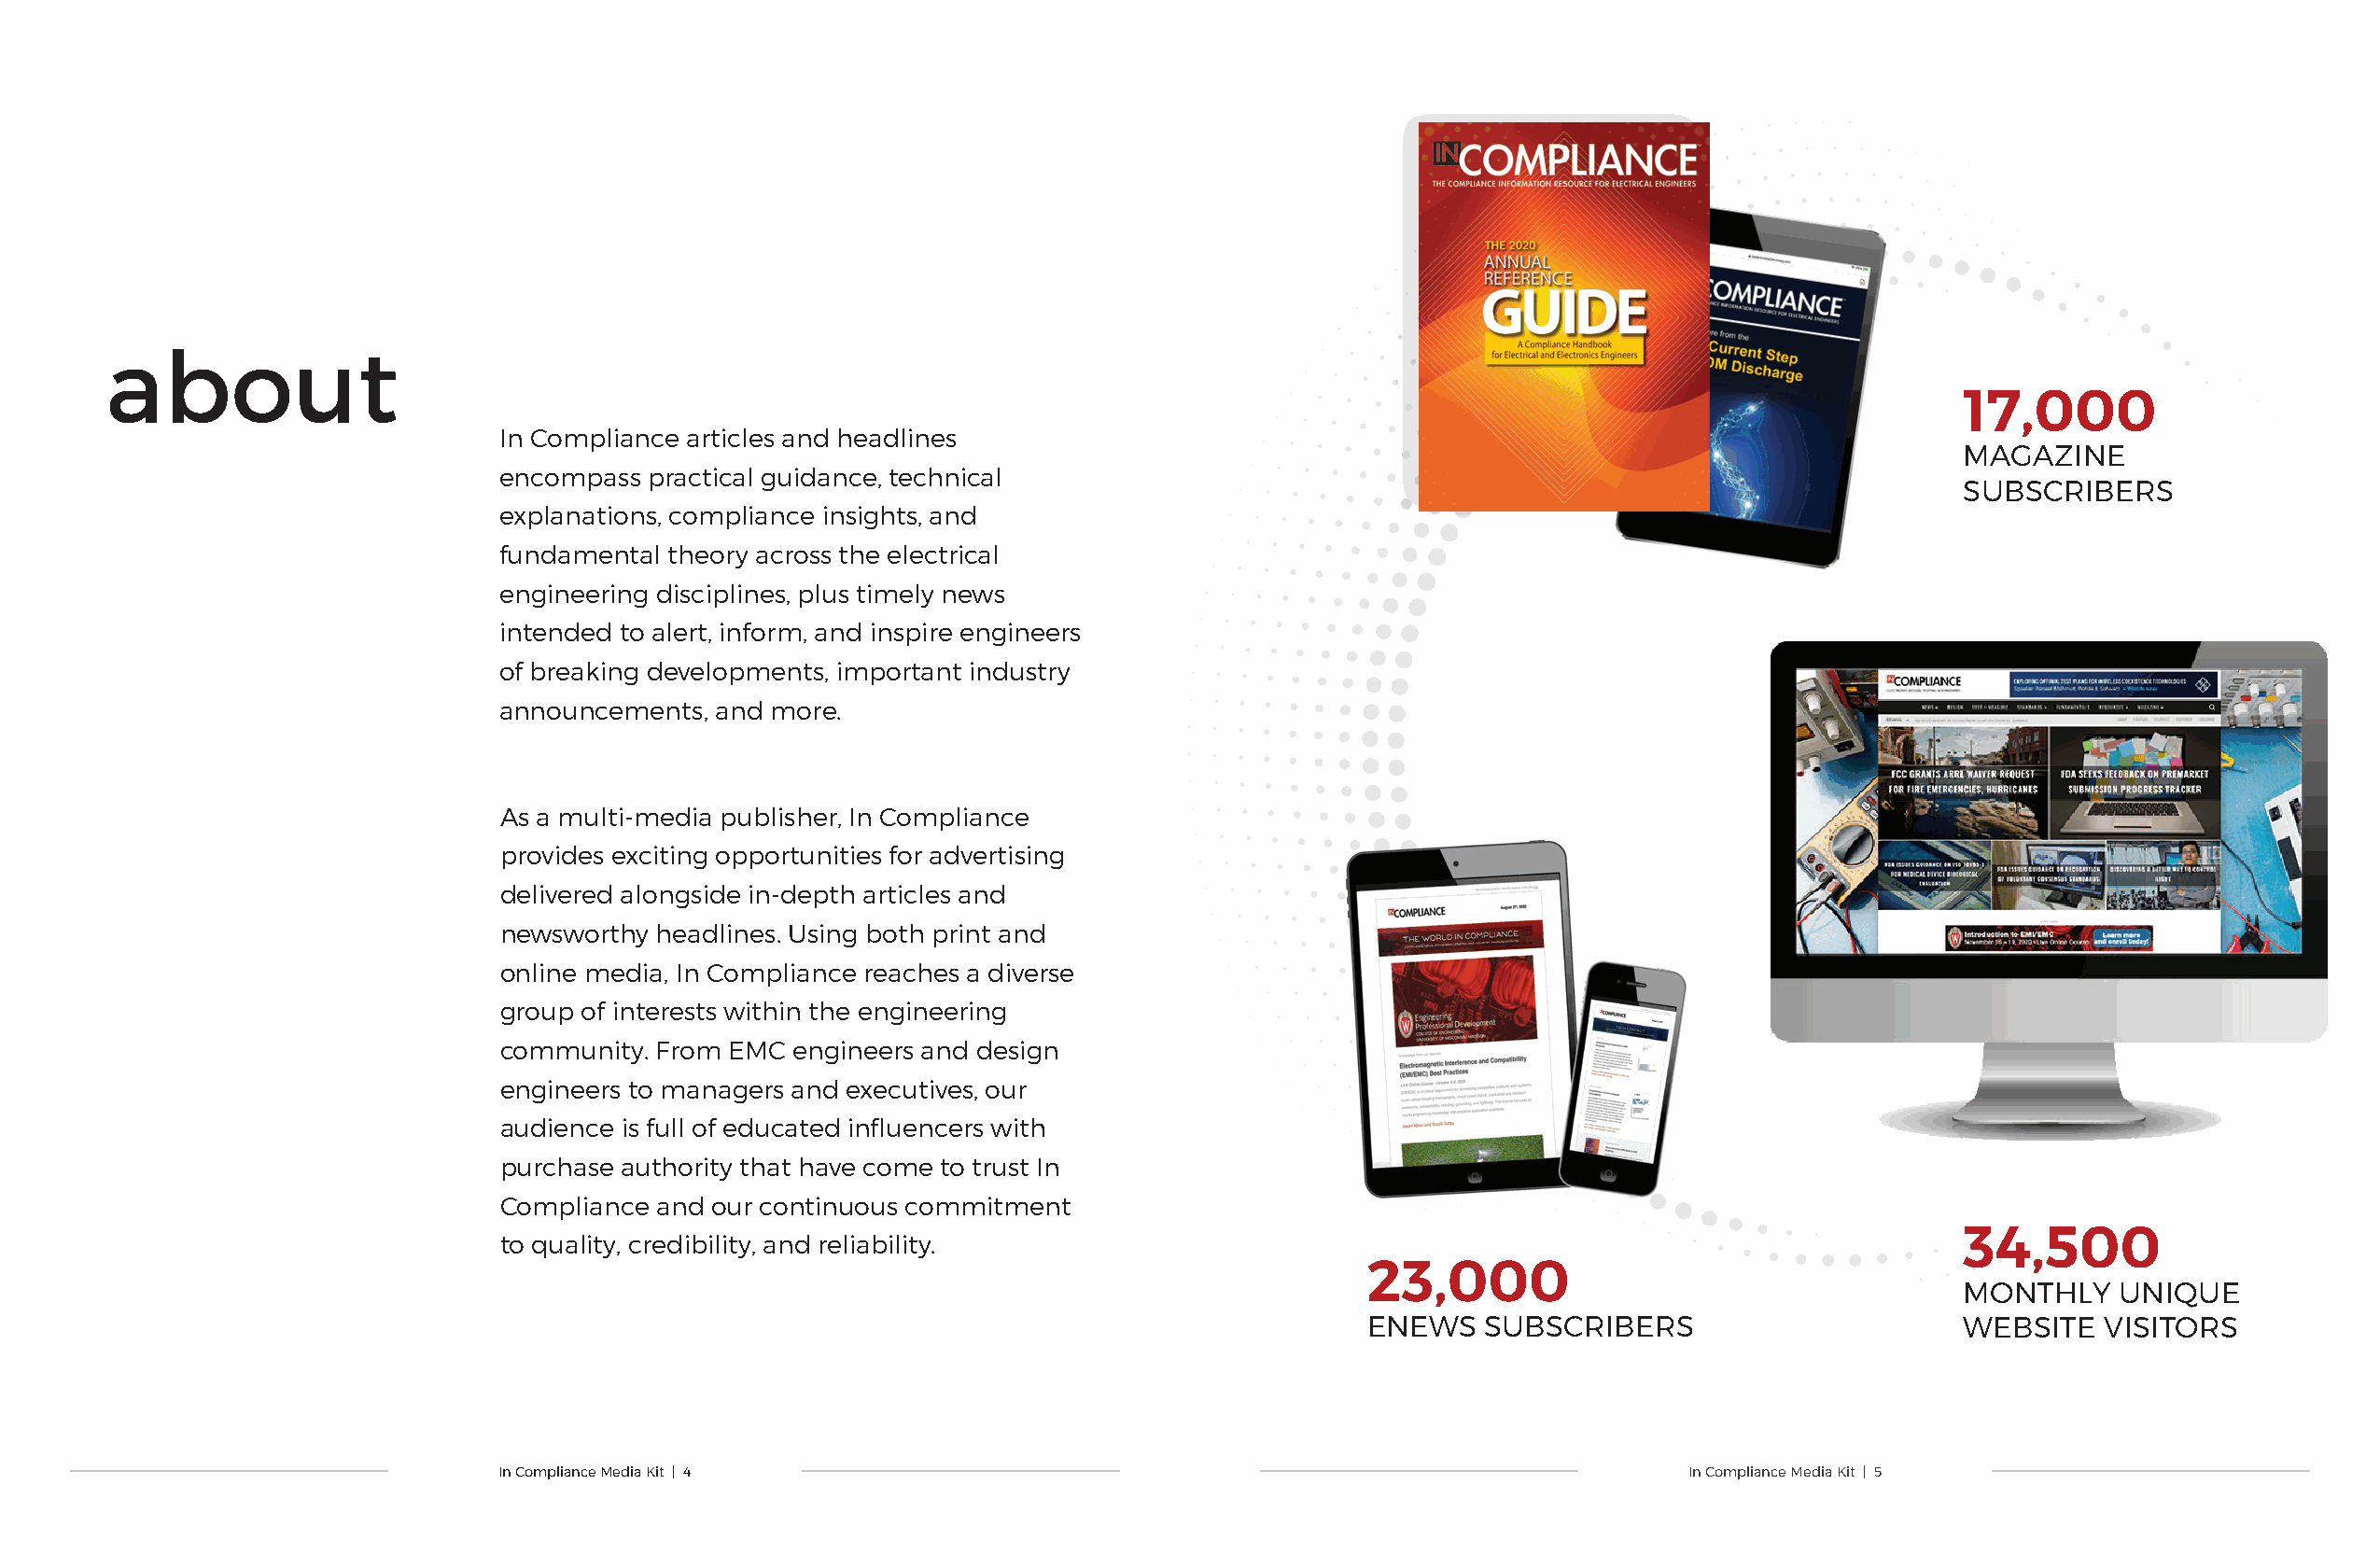
about
 17,000
 In Compliance articles and headlines
 MAGAZINE
 encompass  practical guidance, technical
 SUBSCRIBERS
 explanations, compliance insights, and
 fundamental theory across the electrical
 engineering disciplines, plus timely news
 intended to alert, inform, and inspire engineers
 of breaking developments, important industry
 announcements,  and more .
 As a multi-media publisher, In Compliance
 provides exciting opportunities for advertising
 delivered alongside in-depth articles and
 newsworthy  headlines . Using both print and
 online media, In Compliance reaches a diverse
 group of interests within the engineering
 community . From EMC engineers and design
 engineers to managers and executives, our
 audience is full of educated influencers with
 purchase authority that have come to trust In
 Compliance  and our continuous commitment
 34,500
 to quality, credibility, and reliability .
 23,000
 MONTHLY    UNIQUE
 ENEWS   SUBSCRIBERS                       WEBSITE   VISITORS
 In Compliance Media Kit | 4                                                          In Compliance Media Kit | 5